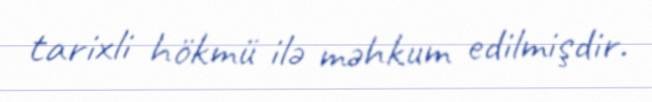
tarixli hökmü ilə məhkum edilmişdir.